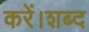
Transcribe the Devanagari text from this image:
करें।शब्द